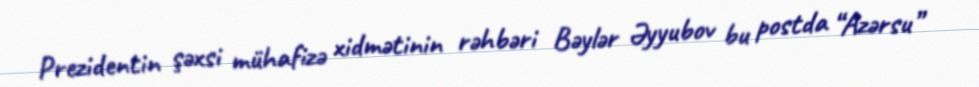
Prezidentin şəxsi mühafizə xidmətinin rəhbəri Bəylər Əyyubov bu postda “Azərsu”